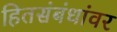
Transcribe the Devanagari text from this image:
हितसंबंधांवर